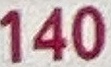
140